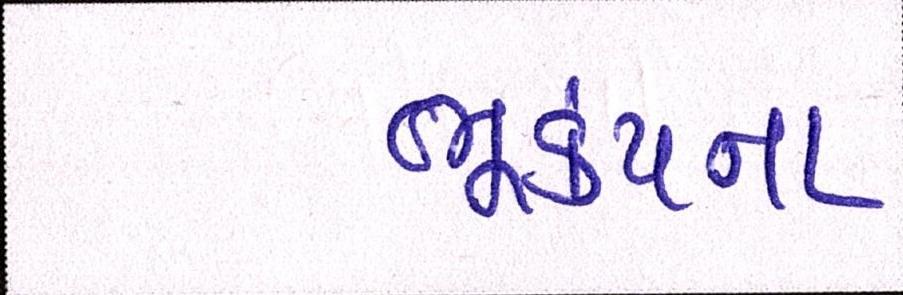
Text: ભૂકંપના